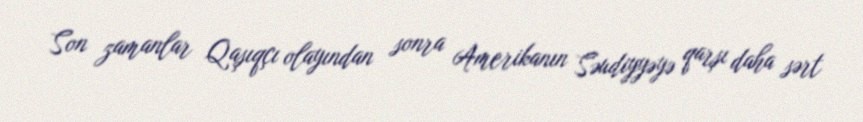
Son zamanlar Qaşıqçı olayından sonra Amerikanın Səudiyyəyə qarşı daha sərt